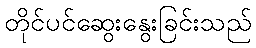
တိုင်ပင်ဆွေးနွေးခြင်းသည်